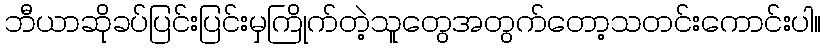
ဘီယာဆိုခပ်ပြင်းပြင်းမှကြိုက်တဲ့သူတွေအတွက်တော့သတင်းကောင်းပါ။